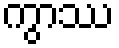
ကွာဿ